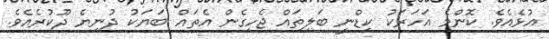
އުޅެއެވެ. ކޮންމެ އަހަރަކު ކިޑްނީ ބަލިތައް ޖެހިގެން އެތައް ބަޔަކު ދުނިޔެ ދޫކުރެއެވެ.